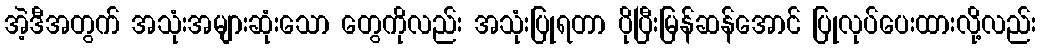
အဲ့ဒီအတွက် အသုံးအများဆုံးသော တွေကိုလည်း အသုံးပြုရတာ ပိုပြီးမြန်ဆန်အောင် ပြုလုပ်ပေးထားလို့လည်း